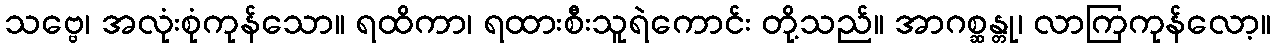
သဗ္ဗေ၊ အလုံးစုံကုန်သော။ ရထိကာ၊ ရထားစီးသူရဲကောင်း တို့သည်။ အာဂစ္ဆန္တု၊ လာကြကုန်လော့။